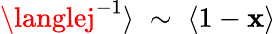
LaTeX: \langlej^{-1}\rangle\; \sim\; \langle1-\mathbf{x}\rangle